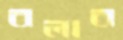
বলাব